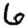
Digit: 6